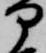
部